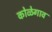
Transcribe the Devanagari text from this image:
कोळेगाव